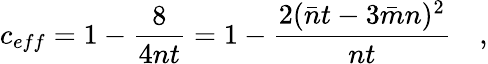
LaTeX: c_{eff}=1-\frac{8}{4nt}=1-\frac{2(\bar{n}t-3\bar{m}n)^{2}}{nt}\quad,